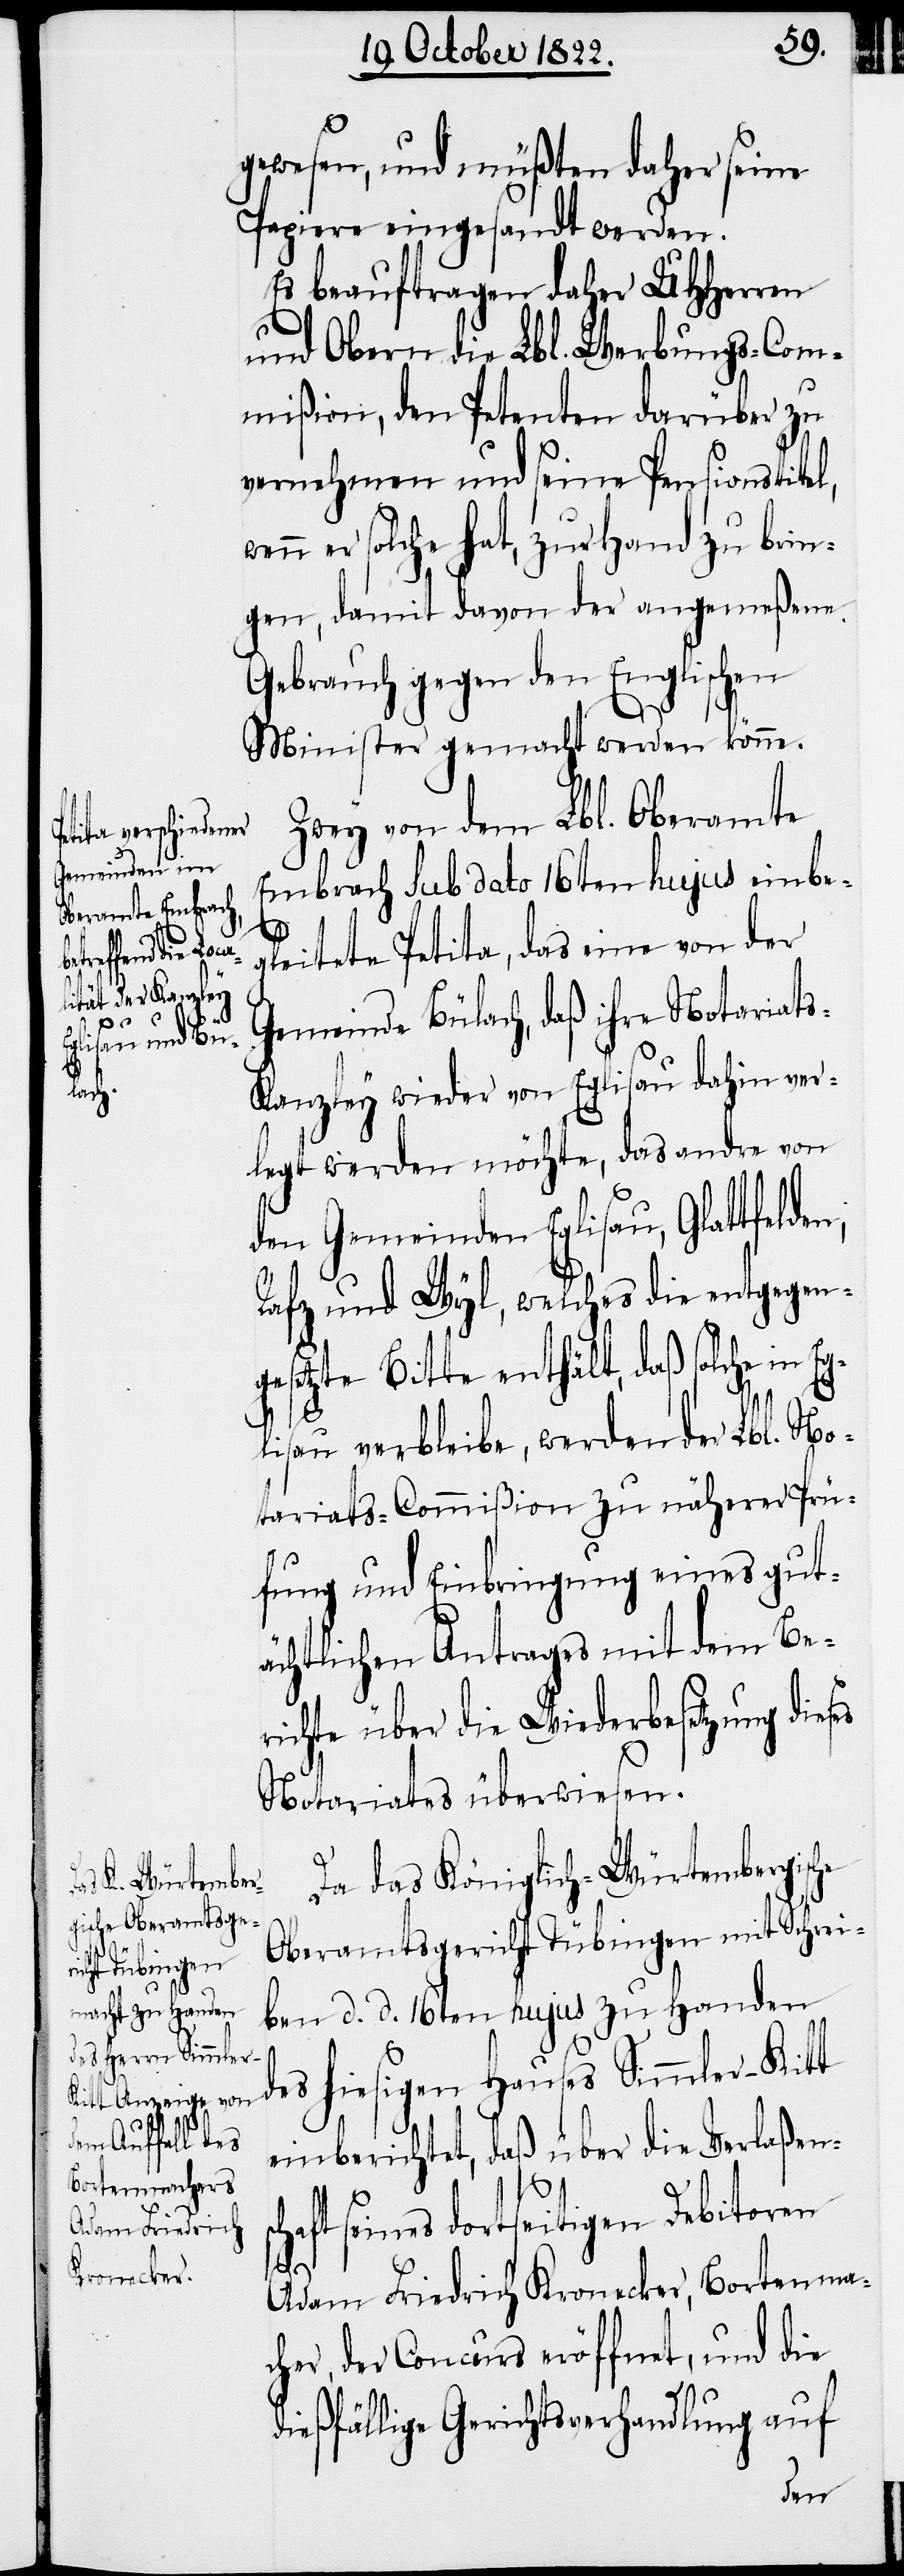
gewesen, und müßten daher seine
Papiere eingesandt werden.
Es beauftragen daher UHHerren
und Obern die Lbl. Werbungs-Com¬
mißion, den Petenten darüber zu
vernehmen und seine Pensionstitel,
er solche hat, zur Hand zu brin¬
gen, damit davon der angemeßene
Gebrauch gegen den Englischen
Minister gemacht werden könne.
Zwey von dem Lbl. Oberamte
Embrach sub dato 16ten hujus einbe¬
gleitete Petita, das eine von der
Gemeinde Bülach, daß ihre Notariat¬
s-Kanzley wieder von Eglisau dahin ver¬
legt werden möchte, das andre von
den Gemeinden Eglisau, Glattfel¬
Rafz und Wyl, welches die entgegen¬
gesetzte Bitte enthält, daß solche in Eg¬
lisau verbleibe, werden der Lbl. No¬
tariats-Commißion zu näherer Prü¬
fung und Einbringung eines gut¬
ächtlichen Antrages mit dem Be¬
richte über die Wiederbesetzung dieses
Noariates überwiesen.
Da das Königlich-Würtembergische
Oberamtsgericht Tübingen mit Schrei¬
ben d. d. 16ten hujus zu Handen
des hiesigen Hauses Simmler-Kitt
einberichtet, daß über die Verlaßens¬
chaft seines dortseitigen Debitoren
Adam Friedrich Kronecker, Bortenma¬
cher, der Concurs eröffnet, und die
dießfällige Gerichtsverhandlung auf
den,